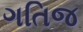
ગતિજ